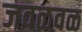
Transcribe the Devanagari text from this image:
जवळवळ